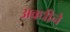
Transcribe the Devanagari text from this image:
अवधीने